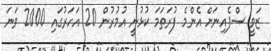
ޒަވީ ސްޕެއިނަށް އެންމެ ފުރަތަމަ ކުޅުނީ އުމުރުން 20 އަހަރުގައި 2000 ވަނަ